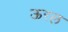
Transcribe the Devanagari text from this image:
ऊरल